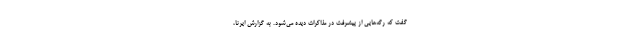
گفت که رگه‌هایی از پیشرفت در مذاکرات دیده می‌شود. به گزارش ایرنا،